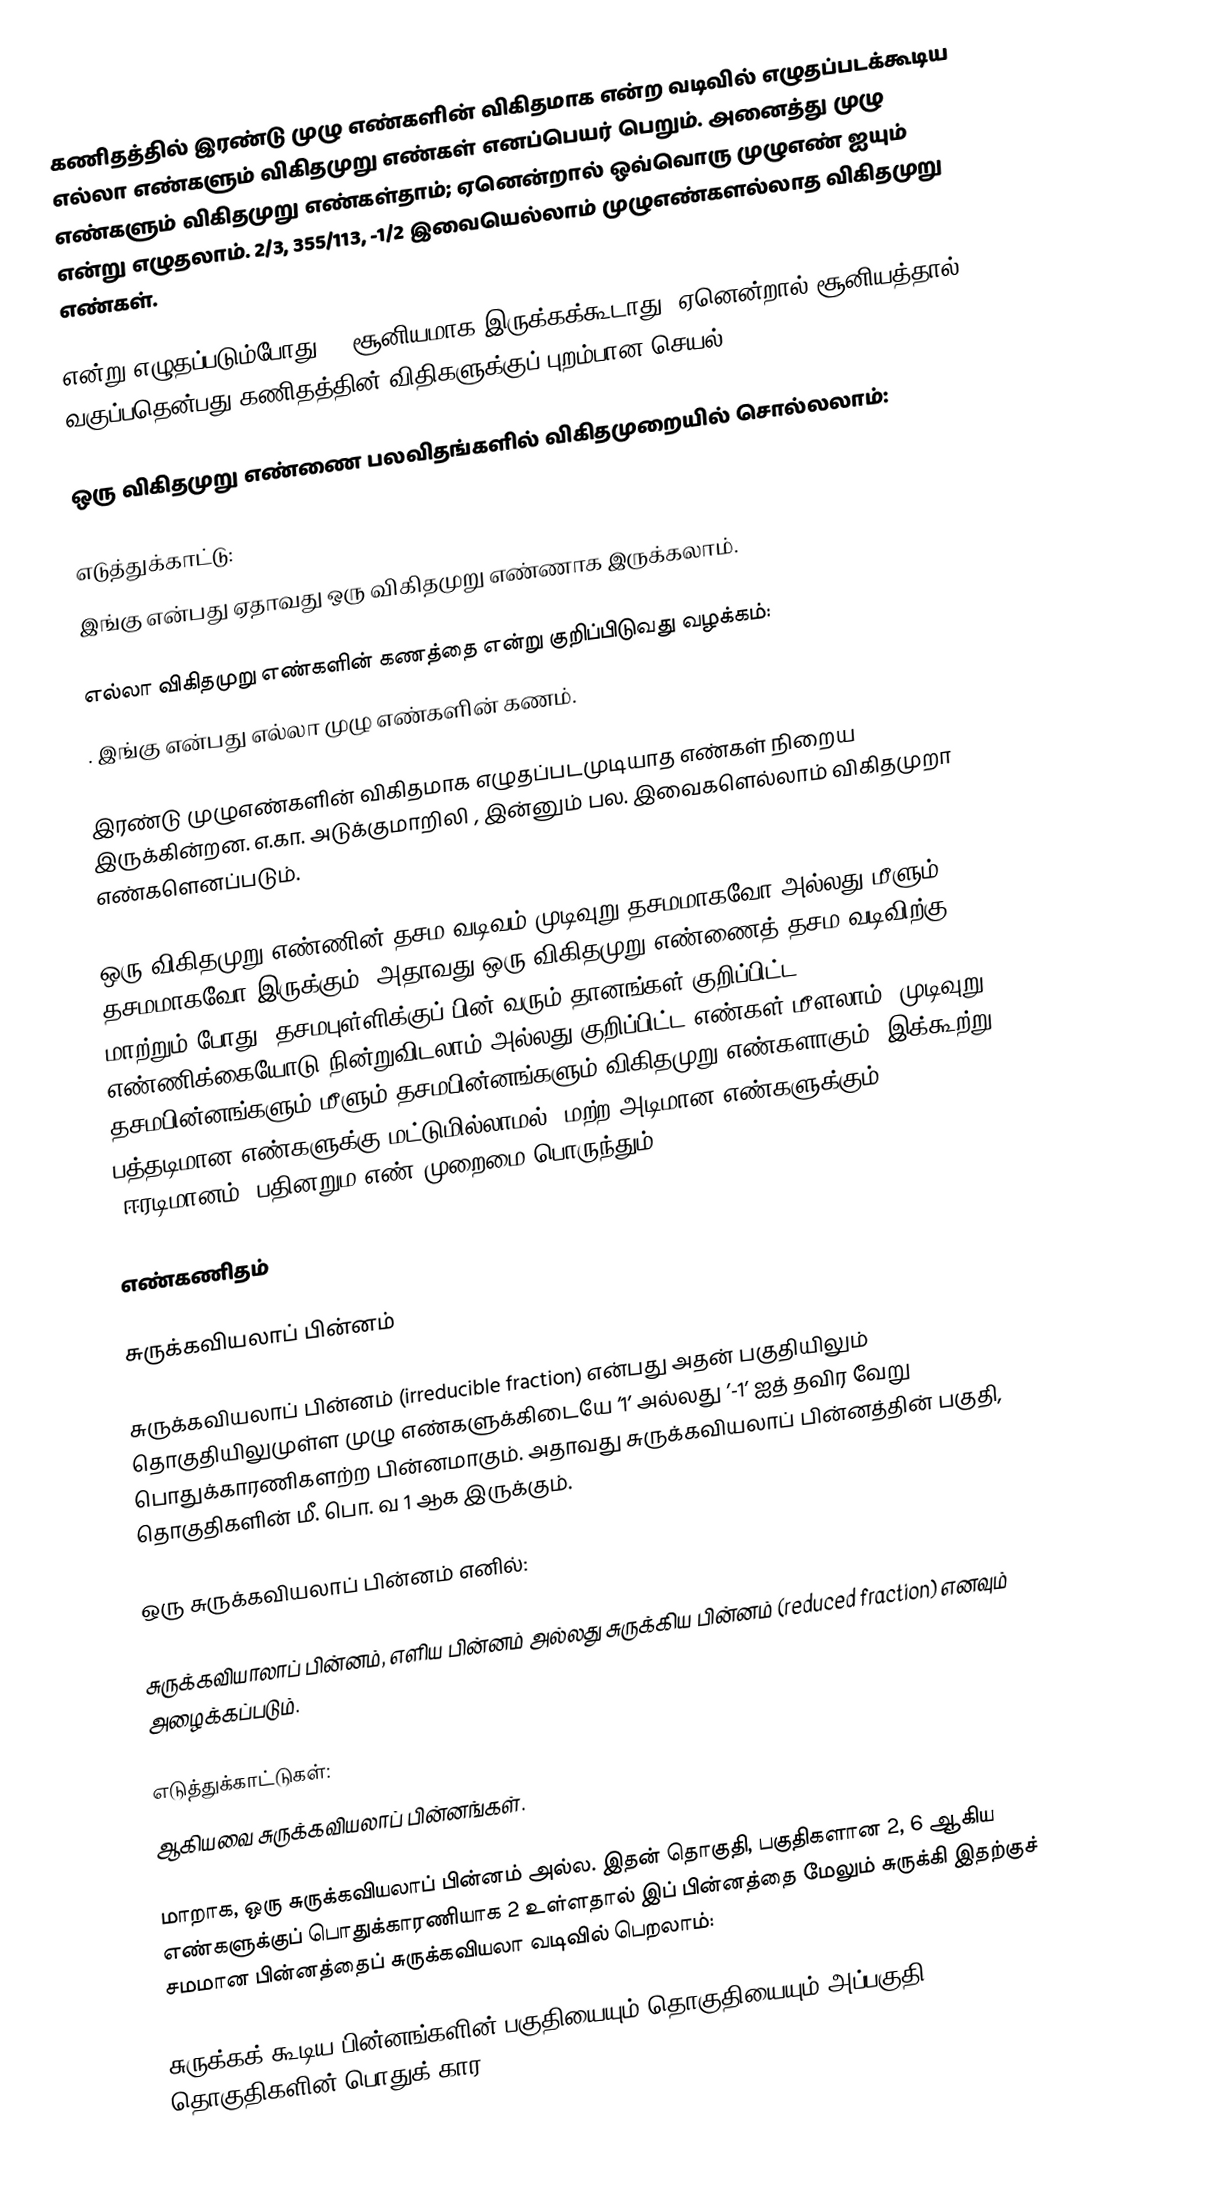
கணிதத்தில் இரண்டு முழு எண்களின் விகிதமாக  என்ற வடிவில் எழுதப்படக்கூடிய எல்லா எண்களும் விகிதமுறு எண்கள் எனப்பெயர் பெறும். அனைத்து முழு எண்களும் விகிதமுறு எண்கள்தாம்; ஏனென்றால் ஒவ்வொரு முழுஎண்  ஐயும்  என்று எழுதலாம். 2/3, 355/113, -1/2 இவையெல்லாம் முழுஎண்களல்லாத விகிதமுறு எண்கள்.

 என்று எழுதப்படும்போது, b சூனியமாக இருக்கக்கூடாது. ஏனென்றால் சூனியத்தால் வகுப்பதென்பது கணிதத்தின் விதிகளுக்குப் புறம்பான செயல்.

ஒரு விகிதமுறு எண்ணை பலவிதங்களில் விகிதமுறையில் சொல்லலாம்:

எடுத்துக்காட்டு:
 இங்கு  என்பது ஏதாவது ஒரு விகிதமுறு எண்ணாக இருக்கலாம்.

எல்லா விகிதமுறு எண்களின் கணத்தை  என்று குறிப்பிடுவது வழக்கம்:
. இங்கு  என்பது எல்லா முழு எண்களின் கணம்.

இரண்டு முழுஎண்களின் விகிதமாக எழுதப்படமுடியாத எண்கள் நிறைய இருக்கின்றன. எ.கா.  அடுக்குமாறிலி , இன்னும் பல. இவைகளெல்லாம் விகிதமுறா எண்களெனப்படும்.

ஒரு விகிதமுறு எண்ணின் தசம வடிவம் முடிவுறு தசமமாகவோ அல்லது மீளும் தசமமாகவோ இருக்கும். அதாவது ஒரு விகிதமுறு எண்ணைத் தசம வடிவிற்கு மாற்றும் போது, தசமபுள்ளிக்குப் பின் வரும் தானங்கள் குறிப்பிட்ட எண்ணிக்கையோடு நின்றுவிடலாம் அல்லது குறிப்பிட்ட எண்கள் மீளலாம். முடிவுறு தசமபின்னங்களும் மீளும் தசமபின்னங்களும் விகிதமுறு எண்களாகும். இக்கூற்று பத்தடிமான எண்களுக்கு மட்டுமில்லாமல், மற்ற அடிமான எண்களுக்கும் (ஈரடிமானம், பதினறும எண் முறைமை)பொருந்தும்.

எண்கணிதம்

சுருக்கவியலாப் பின்னம்

சுருக்கவியலாப் பின்னம்  (irreducible fraction) என்பது அதன் பகுதியிலும் தொகுதியிலுமுள்ள முழு எண்களுக்கிடையே ’1’ அல்லது ’-1’ ஐத் தவிர வேறு பொதுக்காரணிகளற்ற பின்னமாகும். அதாவது சுருக்கவியலாப் பின்னத்தின் பகுதி, தொகுதிகளின் மீ. பொ. வ 1 ஆக இருக்கும்.

 ஒரு சுருக்கவியலாப் பின்னம் எனில்:

சுருக்கவியாலாப் பின்னம், எளிய பின்னம் அல்லது சுருக்கிய பின்னம் (reduced fraction) எனவும் அழைக்கப்படும்.

எடுத்துக்காட்டுகள்:
 ஆகியவை சுருக்கவியலாப் பின்னங்கள்.

மாறாக,  ஒரு சுருக்கவியலாப் பின்னம் அல்ல. இதன் தொகுதி, பகுதிகளான 2, 6 ஆகிய எண்களுக்குப் பொதுக்காரணியாக 2 உள்ளதால் இப் பின்னத்தை மேலும் சுருக்கி இதற்குச் சமமான பின்னத்தைப் சுருக்கவியலா வடிவில் பெறலாம்:

சுருக்கக் கூடிய பின்னங்களின் பகுதியையும் தொகுதியையும் அப்பகுதி, தொகுதிகளின் பொதுக் கார